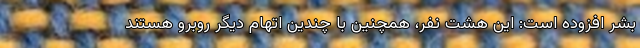
بشر افزوده است: این هشت نفر، همچنین با چندین اتهام دیگر روبرو هستند